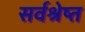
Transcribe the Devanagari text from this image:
सर्वश्रेष्त